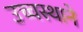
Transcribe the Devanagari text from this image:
उच्चस्थाने